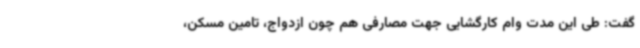
گفت: طی این مدت وام کارگشایی جهت مصارفی هم چون ازدواج، تامین مسکن،